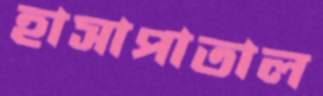
হাসাপাতাল